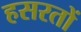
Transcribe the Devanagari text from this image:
हसरतों